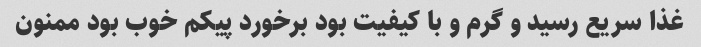
غذا سریع رسید و گرم و با کیفیت بود برخورد پیکم خوب بود ممنون